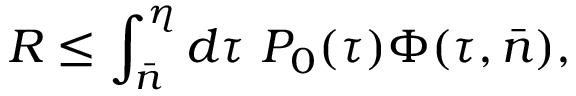
R \leq \int _ { \bar { n } } ^ { \eta } d \tau ~ P _ { 0 } ( \tau ) \Phi ( \tau , \bar { n } ) ,